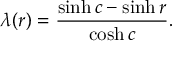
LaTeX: \lambda ( r ) = \frac { \sinh c - \sinh r } { \cosh c } .